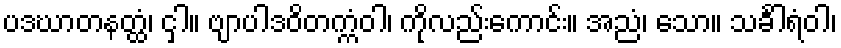
ပဒဃာတနတ္ထံ၊ ငှါ။ ဗျာပါဒဝိတက္ကံဝါ၊ ကိုလည်းကောင်း။ အညံ၊ သော။ သင်္ခါရံဝါ၊